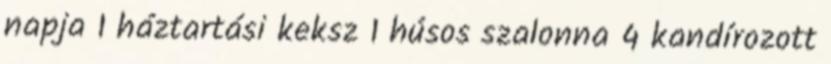
napja 1 háztartási keksz 1 húsos szalonna 4 kandírozott